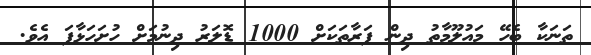
ތަނަކާ ބެހޭ މައުލޫމާތު ދިން ފަރާތަކަށް 1000 ޑޮލަރު ދިނުމަށް ހުށަހަޅާފަ އެވެ.